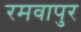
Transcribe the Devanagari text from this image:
रमवापुर